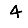
Digit: 4